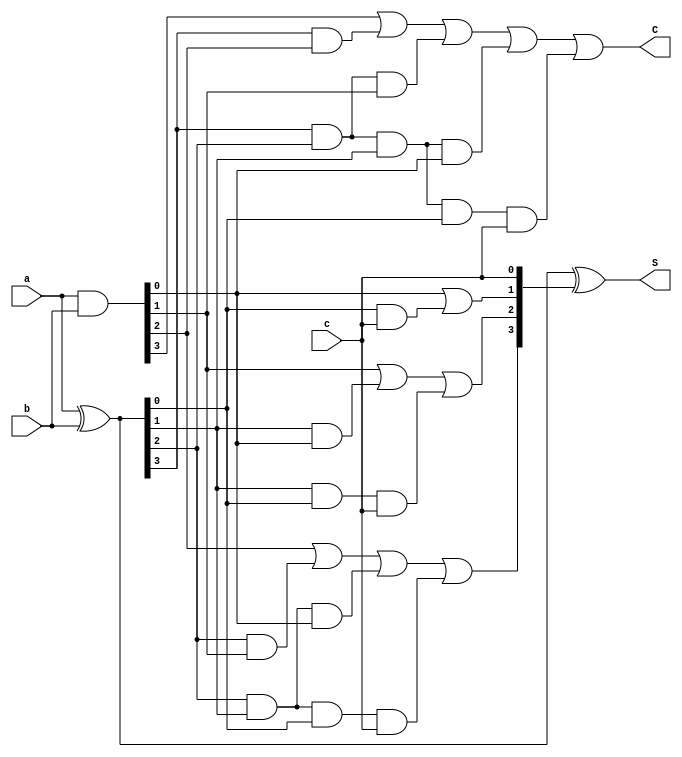
`timescale 1ns / 1ps

////////////////////////////////////////////////////////
// Assignment 3 - CS31001
// Implementing 4 bitCarry Look Ahead Adder
// Team Details - 
// Kushaz Sehgal - 20CS30030
// Jay Kumar Thakur - 20CS30024
////////////////////////////////////////////////////////

module CLA_4bit(a, b, c, S, C);
	input [3:0] a, b;
	input c;
	output [3:0] S;
	output C;
	
	wire [3:0] G, P, carry; // wires for bitwise generate, propagate and carries
	
	// calculate bitwise generate and propagate
	assign G = a & b;
	assign P = a ^ b;
	
	// calculate subsequent carries using generates and propagates
	assign carry[0] = c;
	assign carry[1] = G[0] | (P[0] & c);
	assign carry[2] = G[1] | (P[1] & G[0]) | (P[1] & P[0] & c);
	assign carry[3] = G[2] | (P[2] & G[1]) | (P[2] & P[1] & G[0]) | (P[2] & P[1] & P[0] & c);
	// here the output carry C is our carry[4]
	assign C = G[3] | (P[3] & G[2]) | (P[3] & P[2] & G[1]) | (P[3] & P[2] & P[1] & G[0]) | (P[3] & P[2] & P[1] & P[0] & c);
	
	// calculate final Sum using propagate and carries
	assign S = P ^ carry;

endmodule